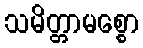
သမိတ္တာမစ္စော